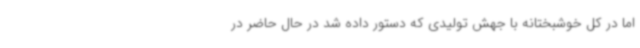
اما در کل خوشبختانه با جهش تولیدی که دستور داده شد در حال حاضر در